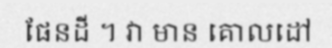
ផែនដី ។ វា មាន គោលដៅ